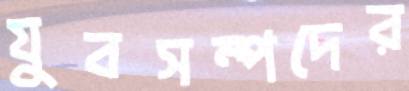
যুবসম্পদের